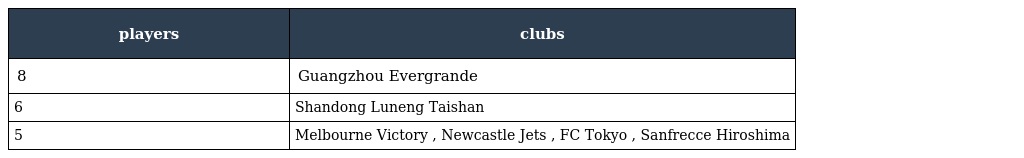
| players | clubs |
 | --- | --- |
 | 8 | Guangzhou Evergrande |
 | 6 | Shandong Luneng Taishan |
 | 5 | Melbourne Victory , Newcastle Jets , FC Tokyo , Sanfrecce Hiroshima |